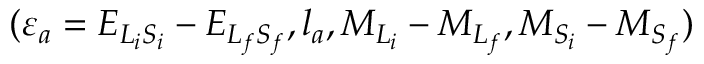
( { \varepsilon } _ { a } = { E } _ { { L } _ { i } { S } _ { i } } - { E } _ { { L } _ { f } { S } _ { f } } , { l } _ { a } , { M } _ { { L } _ { i } } - { M } _ { { L } _ { f } } , M _ { { S } _ { i } } - { M } _ { { S } _ { f } } )